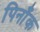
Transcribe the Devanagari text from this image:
पिनाँक